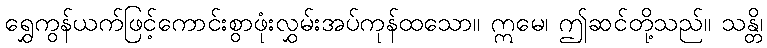
ရွှေကွန်ယက်ဖြင့်ကောင်းစွာဖုံးလွှမ်းအပ်ကုန်ထသော။ ဣမေ၊ ဤဆင်တို့သည်။ သန္တိ၊